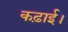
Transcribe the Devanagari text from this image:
कढ़ाई।